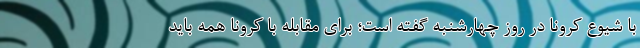
با شیوع کرونا در روز چهارشنبه گفته است؛ برای مقابله با کرونا همه باید